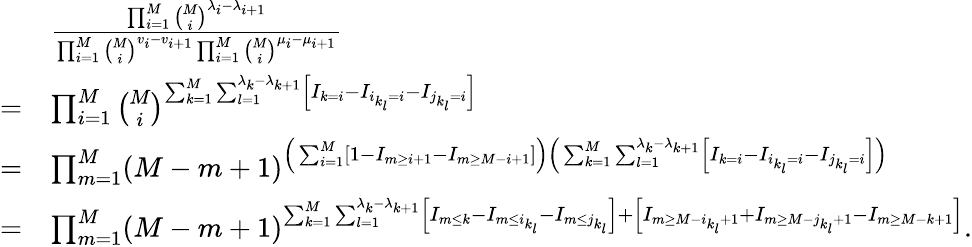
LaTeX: \begin{array}{rl}&{\frac{\prod_{i=1}^{M}\binom{M}{i}^{\lambda_{i}-\lambda_{i+1}}}{\prod_{i=1}^{M}\binom{M}{i}^{v_{i}-v_{i+1}}\prod_{i=1}^{M}\binom{M}{i}^{\mu_{i}-\mu_{i+1}}}}\\ {=}&{\prod_{i=1}^{M}\binom{M}{i}^{\sum_{k=1}^{M}\sum_{l=1}^{\lambda_{k}-\lambda_{k+1}}\left[I_{k=i}-I_{i_{k_{l}}=i}-I_{j_{k_{l}}=i}\right]}}\\ {=}&{\prod_{m=1}^{M}(M-m+1)^{\Big(\sum_{i=1}^{M}\left[1-I_{m\ge i+1}-I_{m\ge M-i+1}\right]\Big)\Big(\sum_{k=1}^{M}\sum_{l=1}^{\lambda_{k}-\lambda_{k+1}}\left[I_{k=i}-I_{i_{k_{l}}=i}-I_{j_{k_{l}}=i}\right]\Big)}}\\ {=}&{\prod_{m=1}^{M}(M-m+1)^{\sum_{k=1}^{M}\sum_{l=1}^{\lambda_{k}-\lambda_{k+1}}\left[I_{m\le k}-I_{m\le i_{k_{l}}}-I_{m\le j_{k_{l}}}\right]+\left[I_{m\ge M-i_{k_{l}}+1}+I_{m\ge M-j_{k_{l}}+1}-I_{m\ge M-k+1}\right]}.}\end{array}